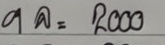
9 ล = 2000